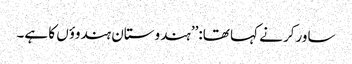
ساورکر نے کہا تھا:’’ہندوستان ہندوؤں کا ہے۔